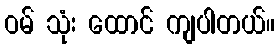
ဝမ် သုံး ထောင် ကျပါတယ်။